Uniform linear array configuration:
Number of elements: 8
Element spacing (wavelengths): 0.25
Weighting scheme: kaiser
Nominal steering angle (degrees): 30
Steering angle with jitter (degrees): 29.822
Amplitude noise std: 0.05
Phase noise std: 0.05

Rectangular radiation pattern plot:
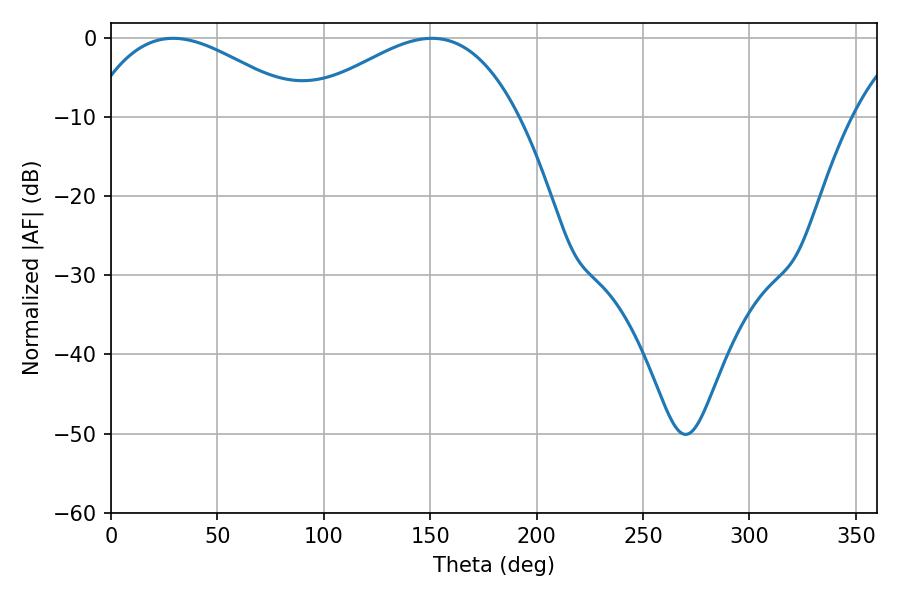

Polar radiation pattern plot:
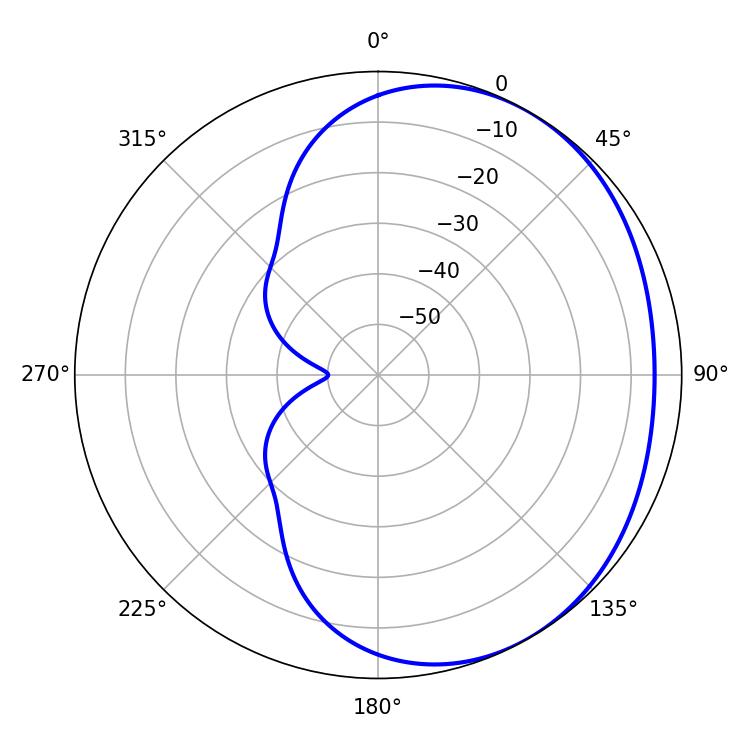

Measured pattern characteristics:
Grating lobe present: FALSE
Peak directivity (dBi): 2.427
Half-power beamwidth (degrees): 55.62
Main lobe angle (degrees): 29.16